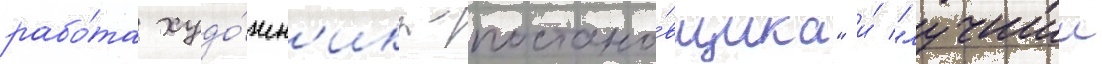
рабо́та худо́жн'ика-постано́вщика" и́ "лучшии